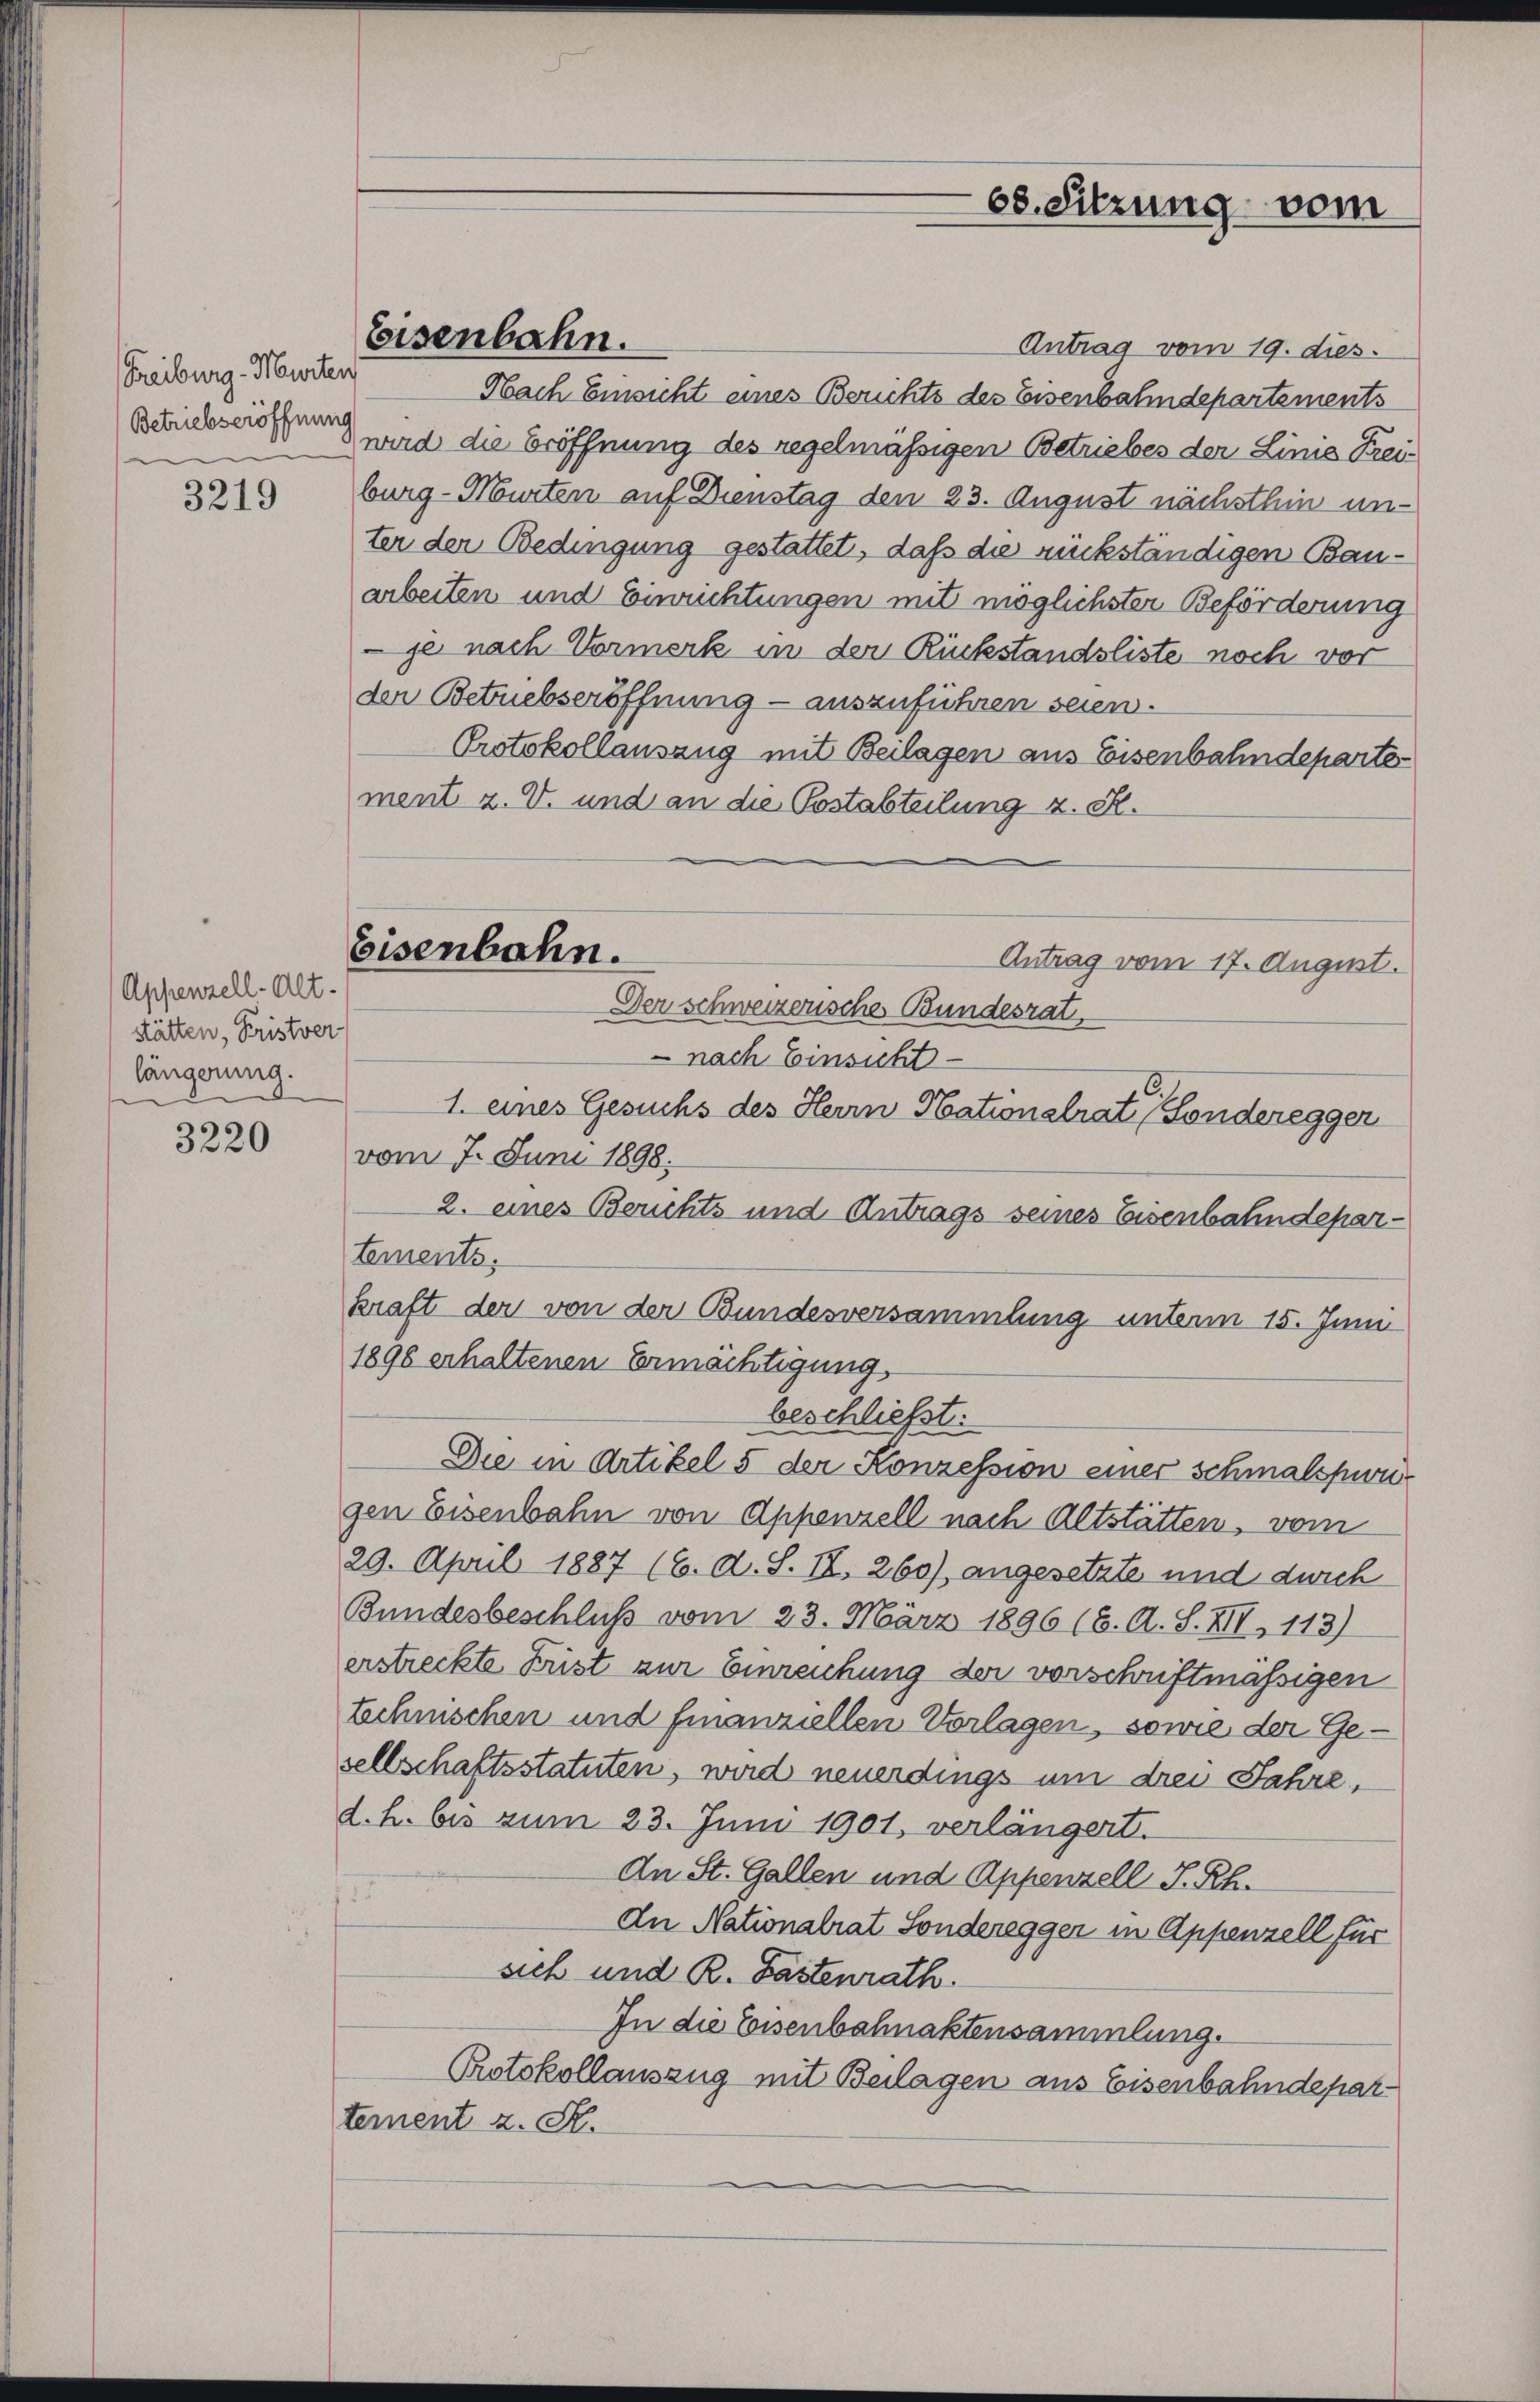
Treiburg - Murten
Betriebseröffnung

3219

Appenzell-Alt.
stätten, Fristver-
längerung.

3220

Antrag vom 19. dies
Nach Einsicht eines Berichts des Eisenbahndepartements
wird die Eröffnung des regelmässigen Betriebes der Linie Frei-
burg-Nurten auf Dienstag den 23. August nächsthin unter der Bedingung gestattet, daß die rückständigen Bauarbeiten und Einrichtungen mit möglichster Beförderung
je nach Vormerk in der Rückstandsliste noch vor
der Betriebseröffnung - auszuführen seien.
Protokollauszug mit Beilagen aus Eisenbahndeparter
ment z. V. und an die Postabteilung z. R.
Antrag vom 17. August.
 nach Einsicht
1. eines Gesuchs des Herrn Nationalrat, sonderegger
vom 7. Juni 1898;
2. eines Berichts und Antrags seines Eisenbahndepartements,
kraft der von der Bundesversammlung unterm 15. Juni
1896 erhaltenen Ermächtigung,
beschließt:
Die in Artikel 5 der Konzession einer schmalspurigen Eisenbahn von Appenzell nach Altstätten, vom
29. April 1887 (6. A. S. II, 260), angesetzte und durch
Bundesbeschluß vom 23. März 1896 (6. A. S. XII, 113)
erstreckte Frist zur Einreichung der vorschriftmässigen
technischen und finanziellen Vorlagen, sowie der Gesellschaftsstatuten, wird neuerdings um drei Jahre,
d. h. bis zum 23. Juni 1901, verlängert.
An St. Gallen und Appenzell I. Rh.
3
In Nationalrat Sonderegger in Appenzell für
sich und R. Fastenrath.
In die Eisenbahnaktensammlung.
Protokollauszug mit Beilagen aus Eisenbahndepartement z. S.

Eisenbahn.

Eisenbahn.
Der schweizerische Bundesrat

68. Sitzung vom